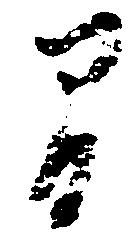
間